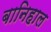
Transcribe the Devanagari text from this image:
बानिहाल